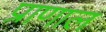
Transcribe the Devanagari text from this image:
प्राणाल